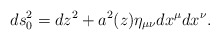
\begin{align*}ds^2_0=dz^2 + a^2(z)\eta_{\mu\nu}dx^{\mu}dx^{\nu}.\end{align*}